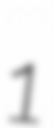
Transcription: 1